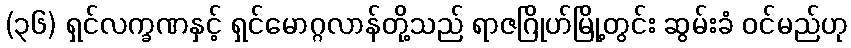
(၃၆) ရှင်လက္ခဏနှင့် ရှင်မောဂ္ဂလာန်တို့သည် ရာဇဂြိုဟ်မြို့တွင်း ဆွမ်းခံ ဝင်မည်ဟု